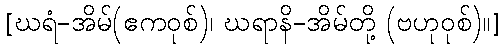
[ဃရံ-အိမ်(ဧကဝုစ်)၊ ဃရာနိ-အိမ်တို့ (ဗဟုဝုစ်)။]